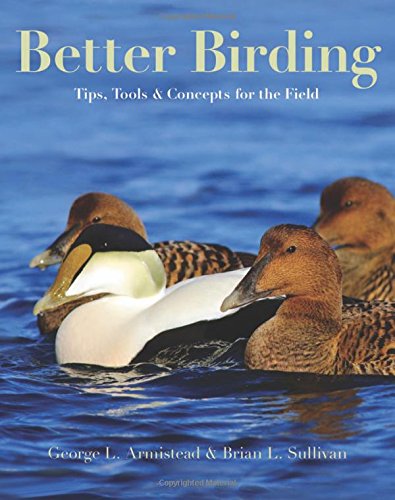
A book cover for Better Birding: Tips, Tools, and Concepts for the Field; George L. Armistead; Science & Math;